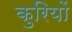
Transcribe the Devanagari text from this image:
कुरियों